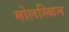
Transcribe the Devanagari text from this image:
मोलस्किन